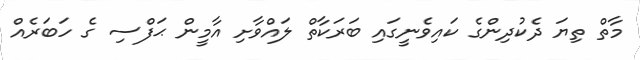
މާތް ތިޔަ ދެކުދިންގެ ކައިވެނީގައި ބަރަކާތް ލައްވާށި އާމީން ޙަފްސި ގެ ހަބަރެއް